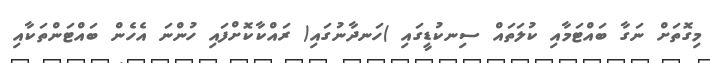
މިގޮތަށް ނަގާ ބައްޓަމާއި ކުލަތައް ސިނކުޑީގައި )ހަނދާނުގައި( ރައްކާކޮށްފައި ހުންނަ އެހެން ބައްޓަންތަކާއި